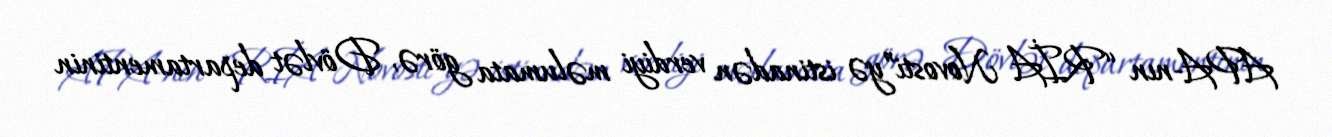
APA-nın “RİA Novosti”yə istinadən verdiyi məlumata görə, Dövlət departamentinin